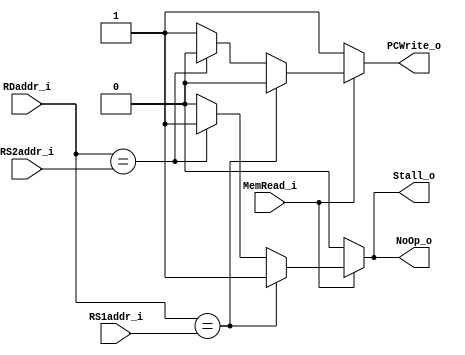
module Hazard_Detection (
    RS1addr_i,
    RS2addr_i,
    MemRead_i, 
    RDaddr_i,
    PCWrite_o,
    Stall_o,
    NoOp_o
);

//Ports
input   [4:0]   RS1addr_i;
input   [4:0]   RS2addr_i;
input           MemRead_i;
input   [4:0]   RDaddr_i;

output          PCWrite_o;
output          Stall_o;
output          NoOp_o;

reg             PCWrite_o;
reg             Stall_o;
reg             NoOp_o;

always @(RS1addr_i or RS2addr_i or MemRead_i or RDaddr_i)
begin
	if (MemRead_i) begin
		if (RDaddr_i == RS1addr_i)begin
			PCWrite_o <= 0;
			Stall_o <= 1;
			NoOp_o <= 1;
		end
        
		else if (RDaddr_i == RS2addr_i) begin
			PCWrite_o <= 0;
			Stall_o <= 1;
			NoOp_o <= 1;
		end

		else begin
			PCWrite_o <= 1;
			Stall_o <= 0;
			NoOp_o <= 0;
		end
	end

	else begin
		PCWrite_o <= 1;
		Stall_o <= 0;
		NoOp_o <= 0;
	end
end
    
endmodule